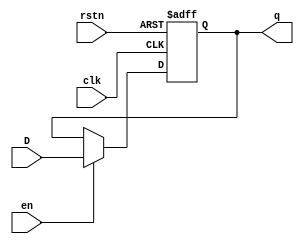
module test3(input [3:0] D, input rstn, input en, input clk, output reg [3:0] q);
always @ (posedge clk or negedge rstn) begin
if(!rstn)  begin
 q <= 0;
end
else begin
if(en) q <= D;
end
end
endmodule